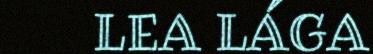
LEA LÁGA